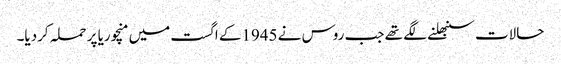
حالات سنبھلنے لگے تھے جب روس نے 1945کے اگست میں منچوریا پر حملہ کردیا۔